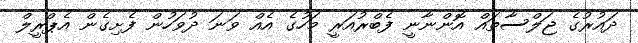
ދައުރުގެ ޖަލްސާތައް އޮންނާނީ ފެބްރުއަރީ މަހުގެ އެއް ވަނަ ދުވަހުން ފެށިގެން އެޕްރީލް